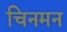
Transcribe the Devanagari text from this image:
चिनमन